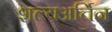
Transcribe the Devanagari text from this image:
शल्यअर्चिन